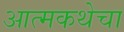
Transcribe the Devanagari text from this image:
आत्मकथेचा